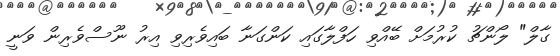
ގާލް" ލޯންޗު ކުރުމަށް ބޭއްވި ހަފްލާގައި ކަންގަނާ ބައިވެރިވި އިރު ނޫސްވެރިން ވަނީ